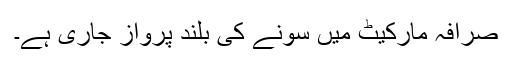
صرافہ مارکیٹ میں سونے کی بلند پرواز جاری ہے۔